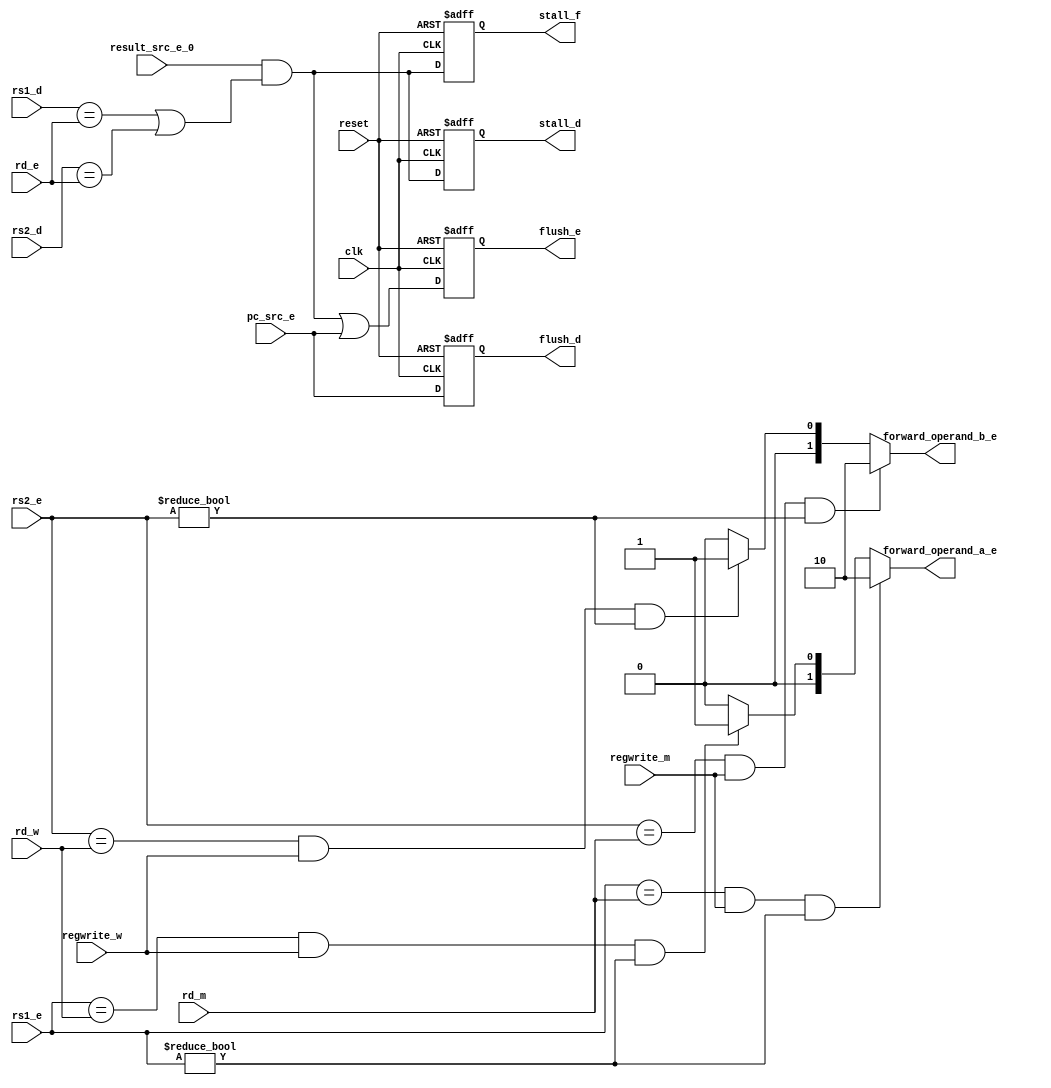
module hazard (
               input [4:0]       rs1_d,
               input [4:0]       rs2_d,
               input             pc_src_e,
               input [4:0]       rs1_e,
               input [4:0]       rs2_e,
               input [4:0]       rd_e,
               input             result_src_e_0,
               input             regwrite_w,
               input [4:0]       rd_m,
               input             regwrite_m,
               input [4:0]       rd_w,
               input             clk,
               input             reset,
               // output wire       stall_f,
               // output wire       stall_d,
               // output wire       flush_e,
               output reg        stall_f,
               output reg        stall_d,
               output reg        flush_e,
               output reg        flush_d,
               output wire [1:0] forward_operand_a_e,
               output wire [1:0] forward_operand_b_e
               );

   wire                          lw_stall;

   // Combinational logic for forwarding
   assign forward_operand_a_e = ((rs1_e == rd_m) & regwrite_m & (rs1_e != 5'b0)) ? 2'b10 :
                                ((rs1_e == rd_w) & regwrite_w & (rs1_e != 5'b0)) ? 2'b01 : 2'b00;

   assign forward_operand_b_e = ((rs2_e == rd_m) & regwrite_m & (rs2_e != 5'b0)) ? 2'b10 :
                                ((rs2_e == rd_w) & regwrite_w & (rs2_e != 5'b0)) ? 2'b01 : 2'b00;

   // Combinational logic for lw_stall
   assign lw_stall = result_src_e_0 & ((rs1_d == rd_e) | (rs2_d == rd_e));
   // assign stall_d = lw_stall;
   // assign stall_f = lw_stall;
   // assign flush_e = lw_stall | pc_src_e;

   always @(posedge clk or posedge reset) begin
      if (reset) begin
         stall_d <= 1'b0;
         stall_f <= 1'b0;
         flush_e <= 1'b0;
         flush_d <= 1'b0;
      end else begin
         // assign stall and flush signals
         stall_d <= lw_stall;
         stall_f <= lw_stall;
         flush_e <= lw_stall | pc_src_e;
         flush_d <= pc_src_e;
      end
   end
endmodule

// module hazard (
//                input [4:0]      rs1_d,
//                input [4:0]      rs2_d,
//                input            pc_src_e,
//                input [4:0]      rs1_e,
//                input [4:0]      rs2_e,
//                input [4:0]      rd_e,
//                input            result_src_e_0,
//                input            regwrite_w,
//                input [4:0]      rd_m,
//                input            regwrite_m,
//                input [4:0]      rd_w,
//                input            clk,
//                input            reset,
//                output reg       stall_f,
//                output reg       stall_d,
//                output reg       flush_d,
//                output reg       flush_e,
//                output reg [1:0] forward_operand_a_e,
//                output reg [1:0] forward_operand_b_e
//                );

//    reg                          lw_stall;

//    always @(posedge clk or posedge reset) begin
//       if (reset) begin
//          forward_operand_a_e <= 2'b00;
//          forward_operand_b_e <= 2'b00;
//          lw_stall <= 1'b0;
//          stall_f <= 1'b0;
//          stall_d <= 1'b0;
//          flush_d <= 1'b0;
//          flush_e <= 1'b0;
//       end else begin
//          // forward operand a
//          forward_operand_a_e <= ((rs1_e == rd_m) & regwrite_m & (rs1_e != 5'b0)) ? 2'b01 :
//                                 ((rs1_e == rd_w) & regwrite_w & (rs1_e != 5'b0)) ? 2'b10 : 2'b00;

//          // forward operand b
//          forward_operand_b_e <= ((rs2_e == rd_m) & regwrite_m & (rs2_e != 5'b0)) ? 2'b01 :
//                                 ((rs2_e == rd_w) & regwrite_w & (rs2_e != 5'b0)) ? 2'b10 : 2'b00;

//          // calculate lw_stall
//          lw_stall <= result_src_e_0 & ((rs1_d == rd_e) | (rs2_d == rd_e));

//          // assign stall and flush signals
//          stall_f <= lw_stall;
//          stall_d <= lw_stall;
//          flush_d <= pc_src_e;
//          flush_e <= lw_stall | pc_src_e;
//       end
//    end
// endmodule
// module hazard (
//                     input [4:0]  rs1_d,
//                     input [4:0]  rs2_d,
//                     input        pc_src_e,
//                     input [4:0]  rs1_e,
//                     input [4:0]  rs2_e,
//                     input [4:0]  rd_e,
//                     input        result_src_e_0,
//                     input        regwrite_w,
//                     input [4:0]  rd_m,
//                     input        regwrite_m,
//                     input [4:0]  rd_w,
//                     //input [31:0] alu_result_m,
//                     output       stall_f,
//                     output       stall_d,
//                     output       flush_d,
//                     output       flush_e,
//                     output [1:0] forward_operand_a_e,
//                     output [1:0] forward_operand_b_e
//                     );

//    wire lw_stall;

//    // forward operand a
//    assign forward_operand_a_e = ((rs1_e == rd_m) & regwrite_m & (rs1_e != 5'b0)) ? 2'b01 :
//                                 ((rs1_e == rd_w) & regwrite_w & (rs1_e != 5'b0)) ? 2'b10 : 2'b00;

//    // forward operand b
//    assign forward_operand_b_e = ((rs2_e == rd_m) & regwrite_m & (rs2_e != 5'b0)) ? 2'b01 :
//                                 ((rs2_e == rd_w) & regwrite_w & (rs2_e != 5'b0)) ? 2'b10 : 2'b00;

//    assign lw_stall = result_src_e_0 & ((rs1_d == rd_e) | (rs2_d == rd_e));
//    assign stall_f = lw_stall;
//    assign stall_d = lw_stall;

//    assign flush_d = pc_src_e;
//    assign flush_e = lw_stall | pc_src_e;

// endmodule